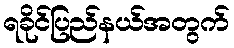
ရခိုင်ပြည်နယ်အတွက်